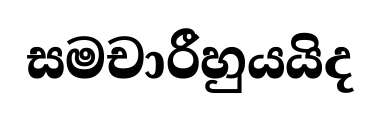
සමචාරීහුයයිද